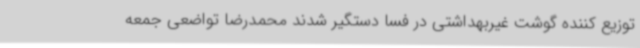
توزیع کننده گوشت غیربهداشتی در فسا دستگیر شدند محمدرضا تواضعی جمعه